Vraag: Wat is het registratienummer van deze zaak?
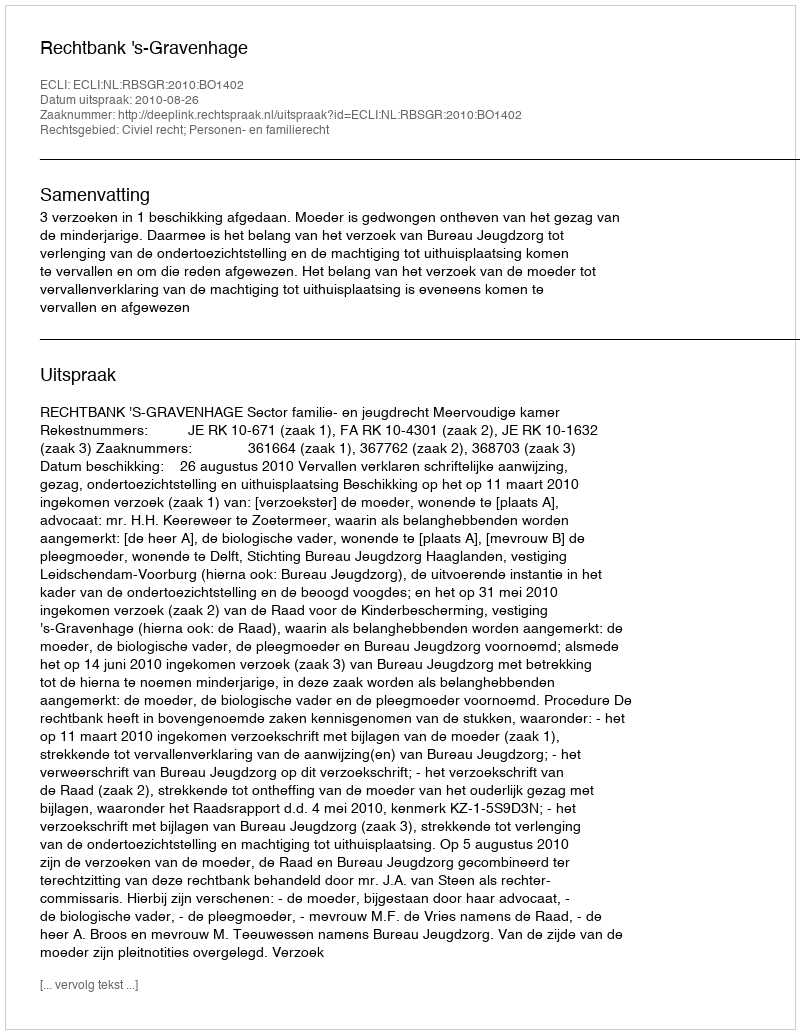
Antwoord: http://deeplink.rechtspraak.nl/uitspraak?id=ECLI:NL:RBSGR:2010:BO1402